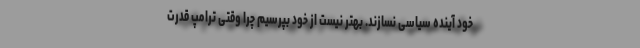
خود آینده سیاسی نسازند. بهتر نیست از خود بپرسیم چرا وقتی ترامپ قدرت